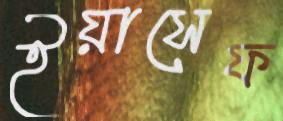
ইয়াসেফ